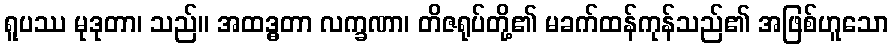
ရူပဿ မုဒုတာ၊ သည်။ အထဒ္ဓတာ လက္ခဏာ၊ တိဇရုပ်တို့၏ မခက်ထန်ကုန်သည်၏ အဖြစ်ဟူသော